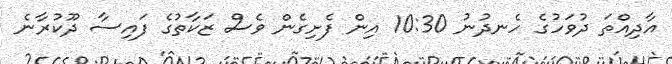
އާދިއްތަ ދުވަހުގެ ހެނދުނު 10:30 އިން ފެށިގެން ވެސް ޒަކާތުގެ ފައިސާ ދޫކުރާނެ